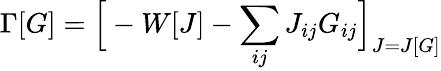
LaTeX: \Gamma[G]={\Big[}-W[J]-\sum_{ij}J_{ij}G_{ij}{\Big]}_{J=J[G]}